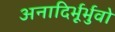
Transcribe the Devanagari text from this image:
अनादिर्भूर्भुवो